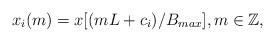
LaTeX: \begin{align*} x_i(m)=x[(mL+c_i)/B_{max}],m\in \mathbb{Z},\end{align*}